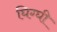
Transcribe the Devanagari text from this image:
घिग्घी